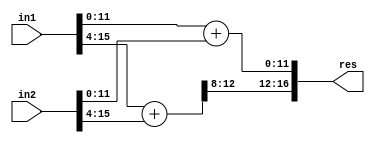
`timescale 1ns / 1ps
//////////////////////////////////////////////////////////////////////////////////
// Company: 
// Engineer: 
// 
// Create Date:    
// Design Name: 
// Module Name:    GeAr_N16_R4_P8 
// Project Name: 
// Target Devices: 
// Tool versions: 
// Description: 
//
// Dependencies: 
//
// Revision: 
// Revision 0.01 - File Created
// Additional Comments: 
//
//////////////////////////////////////////////////////////////////////////////////
module GeAr_N16_R4_P8(
   input [15:0] in1,
    input [15:0] in2,
    output [16:0] res
    );

wire [12:0] temp1,temp2;

assign temp1[12:0] = in1[11:0] + in2[11:0];
assign temp2[12:0] = in1[15:4] + in2[15:4];

assign res[16:0] = {temp2[12:8],temp1[11:0]};

endmodule